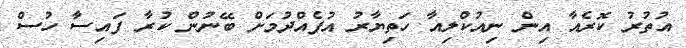
އުތުރު ކޮރެއާ އިން ނިއުކްލިއާ ހަތިޔާރު އުފެއްދުމަށް ބޭނުން ކުރާ ފައިސާ ހުސް